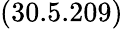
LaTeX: (30.5.209)